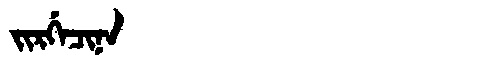
Manchu: ᠵᡳᡵᡤᡝᠴᡳᠨᠠ
Romanization: JIRGECINA